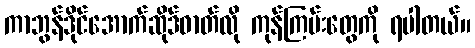
ကာဘွန်ဒိုင်အောက်ဆိုဒ်ဓာတ်လို ကုန်ကြမ်းတွေကို ရပါတယ်။